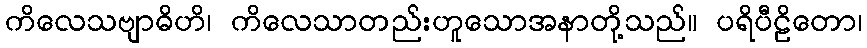
ကိလေသဗျာဓိဟိ၊ ကိလေသာတည်းဟူသောအနာတို့သည်။ ပရိပီဠိတော၊